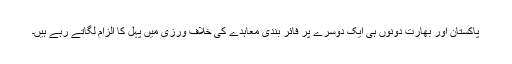
پاکستان اور بھارت دونوں ہی ایک دوسرے پر فائر بندی معاہدے کی خلاف ورزی میں پہل کا الزام لگاتے رہے ہیں۔